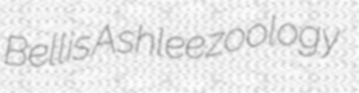
Bellis Ashlee zoology